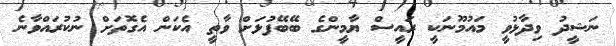
ނަޝީދު ވިދާޅުވީ މައުމޫނަކީ ރައީސް ޔާމީންގެ ބޭބޭފުޅަށް ވާތީ އެކަން އެގޮތަށް ނުކުރައްވާނެ